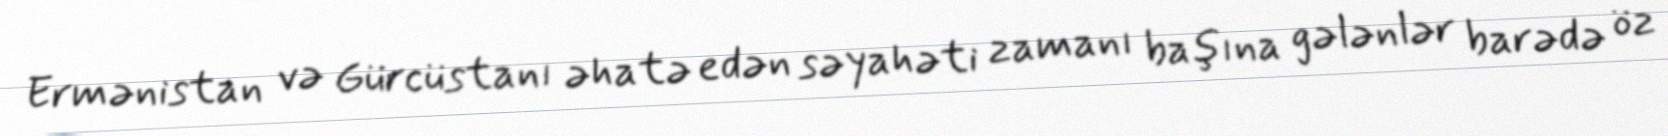
Ermənistan və Gürcüstanı əhatə edən səyahəti zamanı başına gələnlər barədə öz